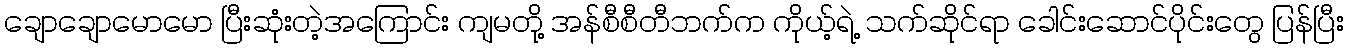
ချောချောမောမော ပြီးဆုံးတဲ့အကြောင်း ကျမတို့ အန်စီစီတီဘက်က ကိုယ့်ရဲ့ သက်ဆိုင်ရာ ခေါင်းဆောင်ပိုင်းတွေ ပြန်ပြီး